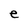
Character: e